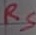
Text: RS